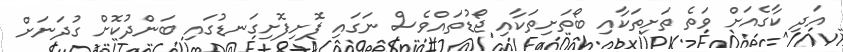
އަދި ކާގެއަށް ވަތެ ތަށިތަކާއި ބޯތަށިތަކާއި ޖޯޑުތައްވެސް ނަގައި ފޮށިފޮށިގަނޑުގައި ބަންދުކޮށް ގުދަނަށް